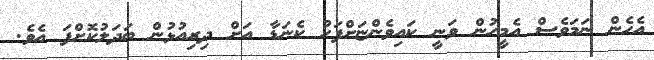
އެހެން ނަމަވެސް އެމީހުން ވަނީ ކައިވެންޏަށްފަހު ކެނަޑާ އަށް ދިރިއުޅުން ބަދަލުކޮށްފަ އެވެ.